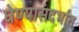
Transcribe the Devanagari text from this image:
घेण्यासंदर्भात